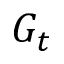
G _ { t }